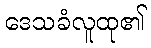
ဒေသခံလူထု၏